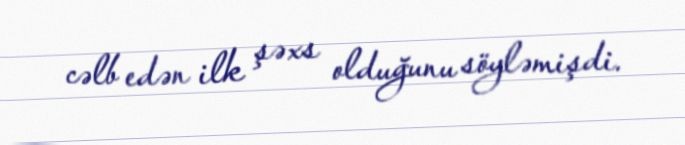
cəlb edən ilk şəxs olduğunu söyləmişdi.